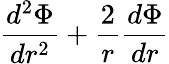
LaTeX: \frac{d^{2}\Phi}{dr^{2}}+\frac{2}{r}\frac{d\Phi}{dr}